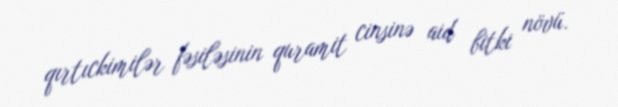
qırtıckimilər fəsiləsinin quramit cinsinə aid bitki növü.